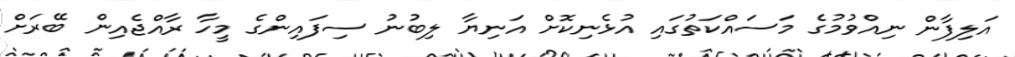
އަލިފާން ނިއްވުމުގެ މަސައްކަތުގައި އުޅެނިކޮށް އަނިޔާ ލިބުނު ސިފައިންގެ މީހާ ރާއްޖެއިން ބޭރަށް